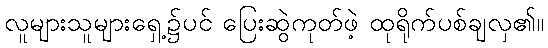
လူများသူများရှေ့၌ပင် ပြေးဆွဲကုတ်ဖဲ့ ထုရိုက်ပစ်ချလှ၏။